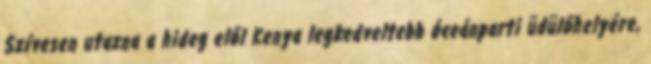
Szívesen utazna a hideg elől Kenya legkedveltebb óceánparti üdülőhelyére,